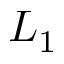
L _ { 1 }